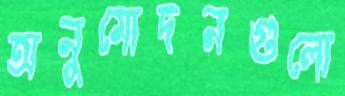
অনুমোদনগুলো